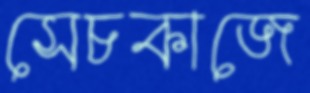
সেচকাজে